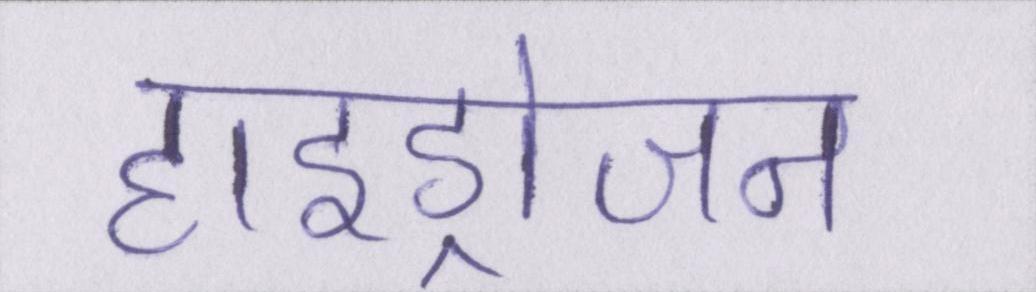
हाइड्रोजन